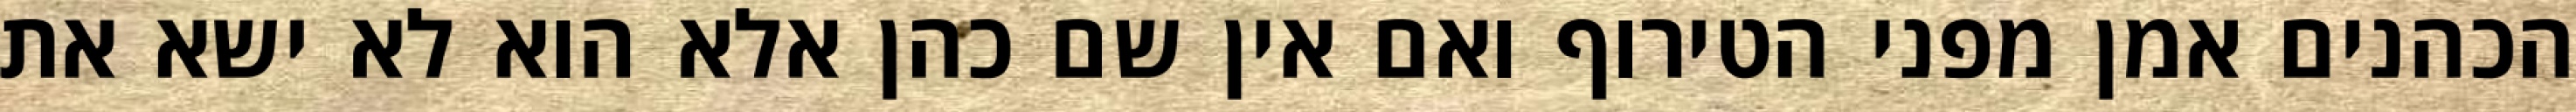
הכהנים אמן מפני הטירוף ואם אין שם כהן אלא הוא לא ישא את